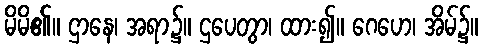
မိမိ၏။ ဌာနေ၊ အရာ၌။ ဌပေတွာ၊ ထား၍။ ဂေဟေ၊ အိမ်၌။